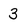
Character: 3